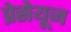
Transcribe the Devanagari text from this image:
प्रेसेयूज